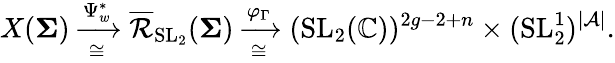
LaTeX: X(\mathbf{\Sigma})\xrightarrow[\cong]{\Psi_{w}^{*}}\overline{{\mathcal{R}}}_{\operatorname{SL}_{2}}(\mathbf{\Sigma})\xrightarrow[\cong]{\varphi_{\Gamma}}(\operatorname{SL}_{2}(\mathbb{C}))^{2g-2+n}\times(\operatorname{SL}_{2}^{1})^{|\mathcal{A}|}.